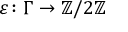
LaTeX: \varepsilon \colon \Gamma \to \mathbb { Z } / 2 \mathbb { Z }